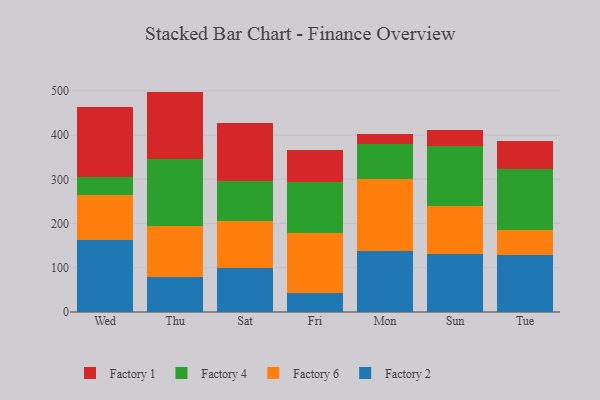
{"axis": {"x": "Day", "y": "Inventory Turnover"}, "legend": ["Factory 1", "Factory 2", "Factory 4", "Factory 6"], "data": [{"x": "Wed", "y": 162.1, "type": "Factory 2"}, {"x": "Wed", "y": 101.4, "type": "Factory 6"}, {"x": "Wed", "y": 41.7, "type": "Factory 4"}, {"x": "Wed", "y": 158.7, "type": "Factory 1"}, {"x": "Thu", "y": 78.8, "type": "Factory 2"}, {"x": "Thu", "y": 115.5, "type": "Factory 6"}, {"x": "Thu", "y": 151.1, "type": "Factory 4"}, {"x": "Thu", "y": 153.0, "type": "Factory 1"}, {"x": "Sat", "y": 98.6, "type": "Factory 2"}, {"x": "Sat", "y": 107.6, "type": "Factory 6"}, {"x": "Sat", "y": 89.8, "type": "Factory 4"}, {"x": "Sat", "y": 130.8, "type": "Factory 1"}, {"x": "Fri", "y": 44.0, "type": "Factory 2"}, {"x": "Fri", "y": 134.4, "type": "Factory 6"}, {"x": "Fri", "y": 114.6, "type": "Factory 4"}, {"x": "Fri", "y": 72.3, "type": "Factory 1"}, {"x": "Mon", "y": 138.5, "type": "Factory 2"}, {"x": "Mon", "y": 161.7, "type": "Factory 6"}, {"x": "Mon", "y": 79.3, "type": "Factory 4"}, {"x": "Mon", "y": 22.0, "type": "Factory 1"}, {"x": "Sun", "y": 132.2, "type": "Factory 2"}, {"x": "Sun", "y": 107.0, "type": "Factory 6"}, {"x": "Sun", "y": 135.5, "type": "Factory 4"}, {"x": "Sun", "y": 36.0, "type": "Factory 1"}, {"x": "Tue", "y": 129.5, "type": "Factory 2"}, {"x": "Tue", "y": 56.0, "type": "Factory 6"}, {"x": "Tue", "y": 137.4, "type": "Factory 4"}, {"x": "Tue", "y": 64.5, "type": "Factory 1"}]}